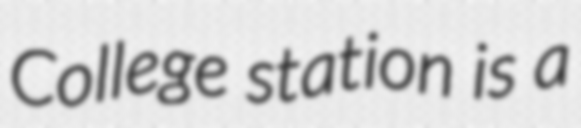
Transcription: College station is a